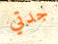
جدتي